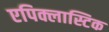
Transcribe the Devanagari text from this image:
एपिक्लास्टिक